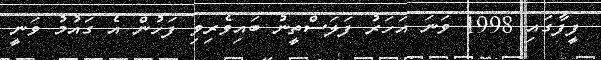
ފީފާގައި 1998 ވަނަ އަހަރު ފަލަސްތީނު ބައިވެރިވި ފަހުން އެ ގައުމު ވަނީ